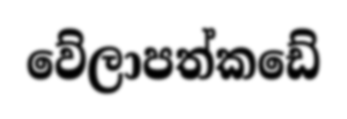
වේලාපත්කඩේ